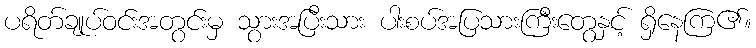
ပရိတ်ချုပ်ဝင်းအတွင်းမှ သွားအပြီးသား ပါးစပ်အပြသားကြီးတွေနှင့် ရှိနေကြ၏။